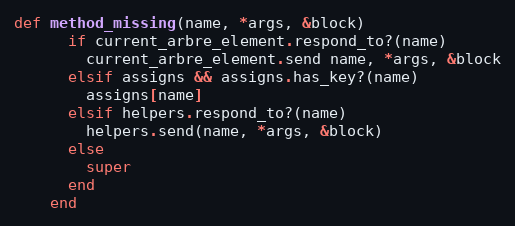
Language: Ruby
def method_missing(name, *args, &block)
      if current_arbre_element.respond_to?(name)
        current_arbre_element.send name, *args, &block
      elsif assigns && assigns.has_key?(name)
        assigns[name]
      elsif helpers.respond_to?(name)
        helpers.send(name, *args, &block)
      else
        super
      end
    end